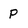
Character: P